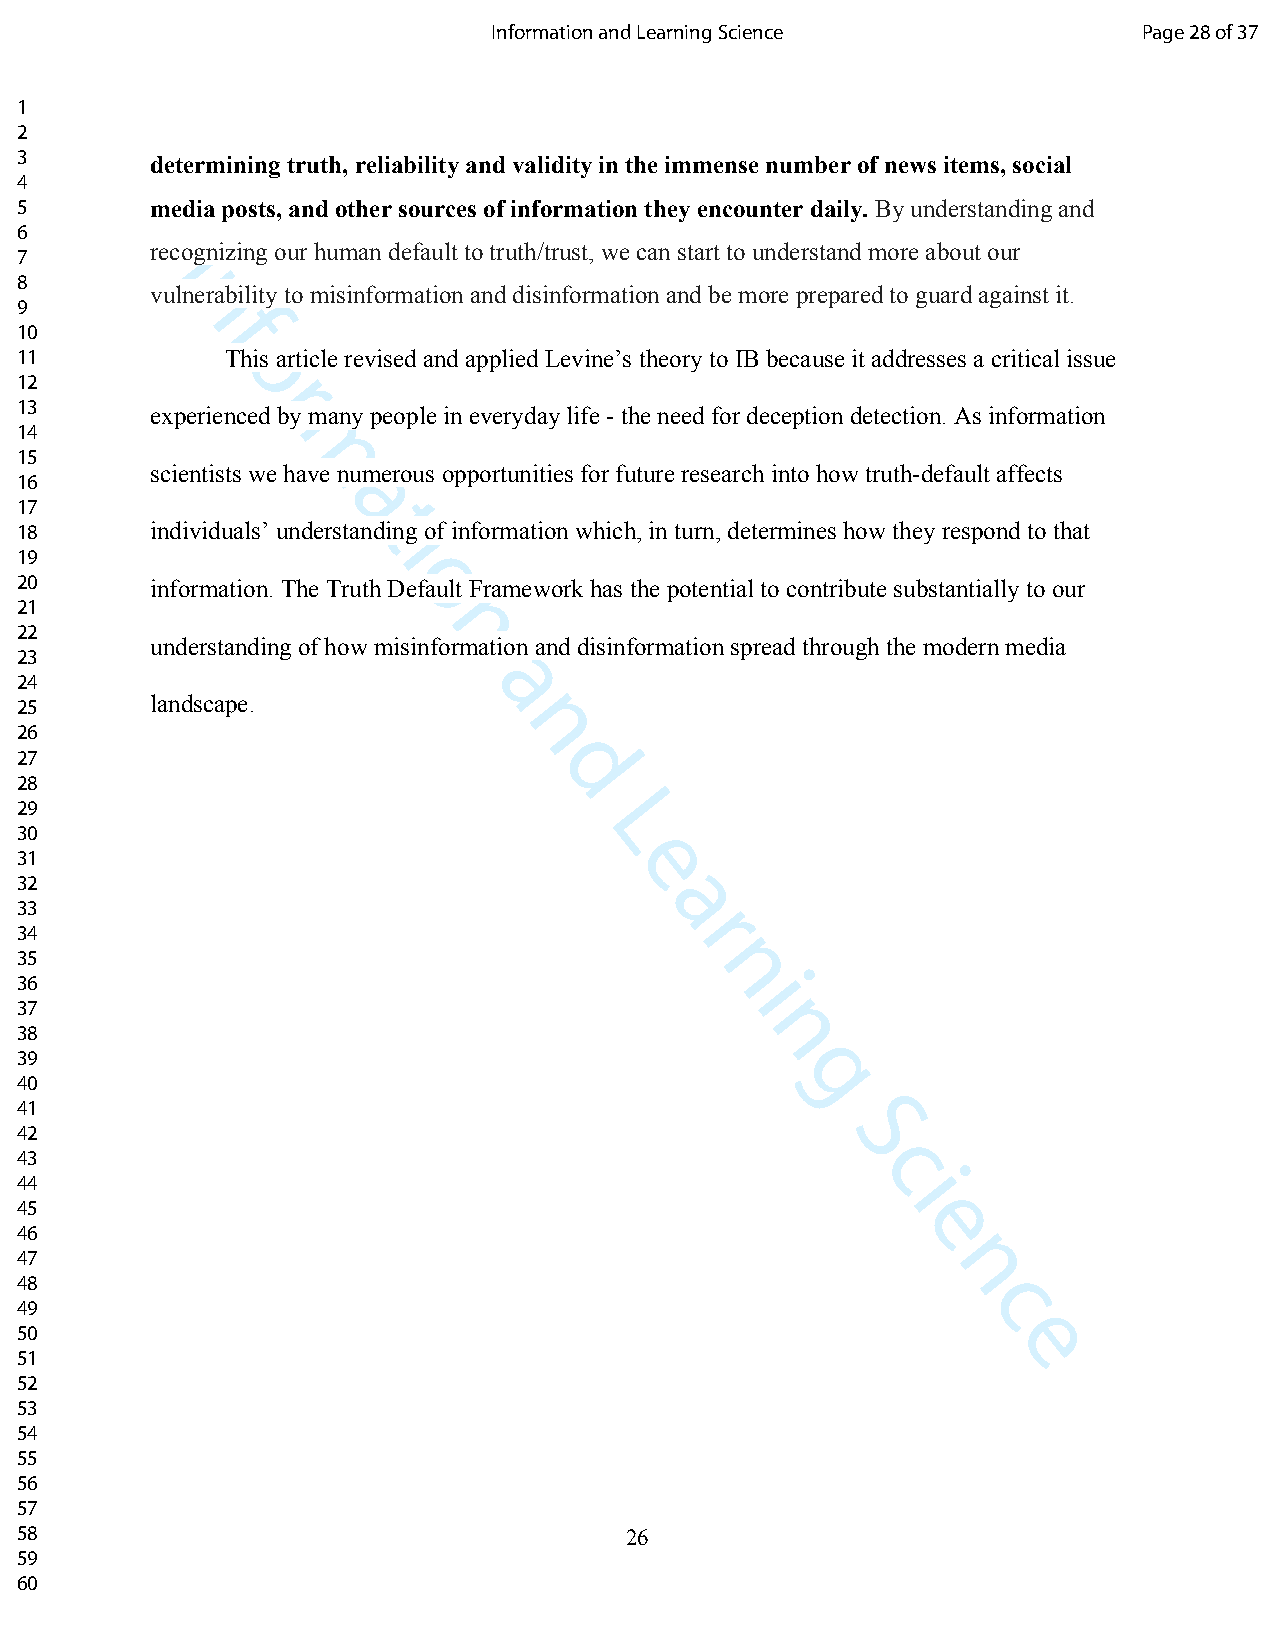
Information and Learning Science           Page 28 of 37
 1
 2
 3        determining truth, reliability and validity in the immense number of news items, social
 4
 5        media posts, and other sources of information they encounter daily. By understanding and
 6
 recognizing our human default to truth/trust, we can start to understand more about our
 7        I
 8
 vulnerability to misinformation and disinformation and be more prepared to guard against it.
 n
 9
 f
 10
 11            This article revised and applied Levine’s theory to IB because it addresses a critical issue
 o
 12
 r
 13       experienced by many people in everyday life - the need for deception detection. As information
 14
 15               m
 scientists we have numerous opportunities for future research into how truth-default affects
 16
 a
 17
 t
 18       individuals’ understand iing of information which, in turn, determines how they respond to that
 19
 20       information. The Truth Doefault Framework has the potential to contribute substantially to our
 21
 n
 22
 understanding of how misinform ation and disinformation spread through the modern media
 23
 24                            a
 landscape.
 25
 n
 26
 27
 d
 28
 29
 L
 30
 31                                      e
 32
 a
 33
 r
 34
 35
 n
 36                                              i
 37
 38                                               n
 39
 g
 40
 41
 42                                                    S
 43                                                      c
 44                                                        i
 45
 e
 46
 47                                                           n
 48
 c
 49
 50                                                               e
 51
 52
 53
 54
 55
 56
 57
 58                                      26
 59
 60